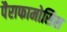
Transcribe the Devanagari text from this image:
पैराफामोसिस